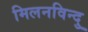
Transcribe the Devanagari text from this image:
मिलनविन्दु